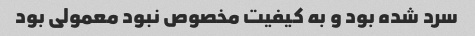
سرد شده بود و به کیفیت مخصوص نبود معمولی بود